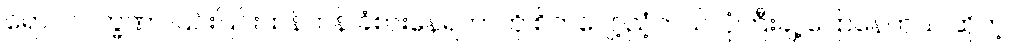
ရောဂါလက္ခဏာ ပြင်းပြင်းထန်ထန် ခံစားနေရတာကို စိတ်ပျော့ညံ့တယ်၊ ပုံကြီးချဲ့ ပြောနေတယ် ဆိုတဲ့